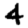
Digit: 4